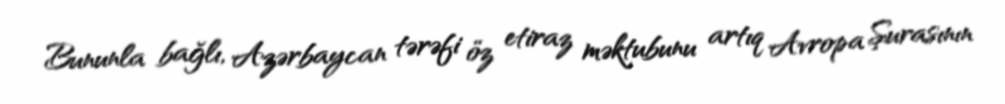
Bununla bağlı, Azərbaycan tərəfi öz etiraz məktubunu artıq Avropa Şurasının